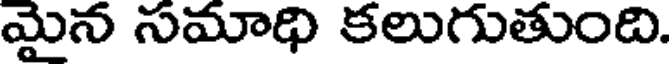
మైన సమాథి కలుగుతుంది.